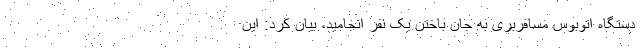
دستگاه اتوبوس مسافربری به جان باختن یک نفر انجامید، بیان کرد: این